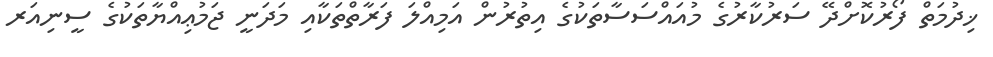
ޚިދުމަތް ފޯރުކޮށްދޭ ސަރުކާރުގެ މުއައްސަސާތަކުގެ އިތުރުން އަމިއްލަ ފަރާތްތަކާއި މަދަނީ ޖަމުޢިއްޔާތަކުގެ ސީނިއަރ